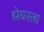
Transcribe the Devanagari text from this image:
श्लेयरला